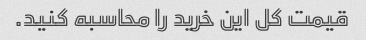
قیمت کل این خرید را محاسبه کنید.